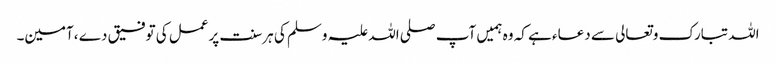
اللہ تبارک وتعالی سے دعاء ہے کہ وہ ہمیں آپ صلی اللہ علیہ وسلم کی ہرسنت پرعمل کی توفیق دے ،آمین۔